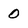
Character: 0